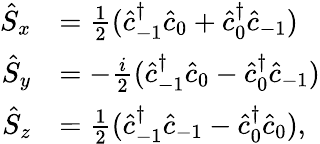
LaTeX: \begin{array}{rl}{\hat{S}_{x}}&{=\frac{1}{2}(\hat{c}_{-1}^{\dagger}\hat{c}_{0}+\hat{c}_{0}^{\dagger}\hat{c}_{-1})}\\ {\hat{S}_{y}}&{=-\frac{i}{2}(\hat{c}_{-1}^{\dagger}\hat{c}_{0}-\hat{c}_{0}^{\dagger}\hat{c}_{-1})}\\ {\hat{S}_{z}}&{=\frac{1}{2}(\hat{c}_{-1}^{\dagger}\hat{c}_{-1}-\hat{c}_{0}^{\dagger}\hat{c}_{0}),}\end{array}